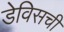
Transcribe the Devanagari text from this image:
डेविसची